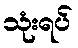
သုံးရပ်